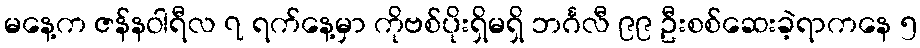
မနေ့က ဇန်နဝါရီလ ၇ ရက်နေ့မှာ ကိုဗစ်ပိုးရှိမရှိ ဘင်္ဂလီ ၉၉ ဦးစစ်ဆေးခဲ့ရာကနေ ၅